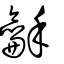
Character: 龢